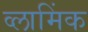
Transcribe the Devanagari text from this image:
व्लामिंक